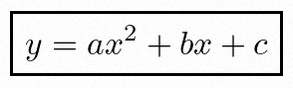
y=ax^2+bx+c